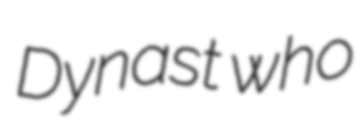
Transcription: Dynast who